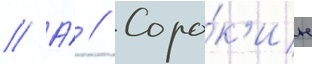
// А́ // Соро́к'ин